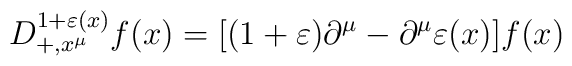
D_{+,x^\mu}^{1+\varepsilon(x)}f(x)=[(1+\varepsilon)\partial^\mu-\partial^\mu\varepsilon(x)]f(x)